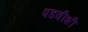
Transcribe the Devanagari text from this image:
पडवीशी